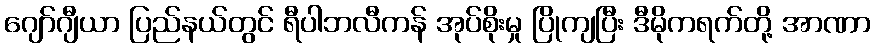
ဂျော်ဂျီယာ ပြည်နယ်တွင် ရီပါဘလီကန် အုပ်စိုးမှု ပြိုကျပြီး ဒီမိုကရက်တို့ အာဏာ